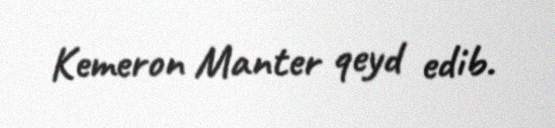
Kemeron Manter qeyd edib.